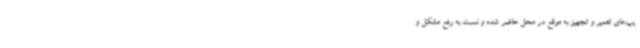
یپ‌های تعمیر و تجهیز به موقع در محل حاضر شده و نسبت به رفع مشکل و